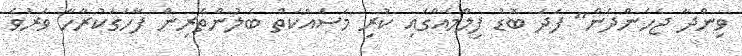
ވިންދާ ޖެހެންދެން" ފަދަ ބޮޑު ފިލްމެއްގައި ކުރި މަސައްކަތް ބެލުންތެރިން ފާހަގަކުރާހާ ވަރުވެ